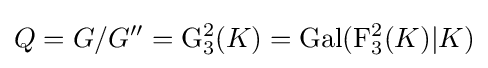
Q=G/G''=\mathrm {G} _{3}^{2}(K)=\mathrm {Gal} (\mathrm {F} _{3}^{2}(K)|K)